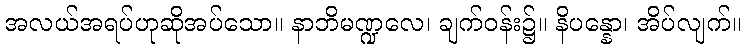
အလယ်အရပ်ဟုဆိုအပ်သော။ နာဘိမဏ္ဍလေ၊ ချက်ဝန်း၌။ နိပန္နော၊ အိပ်လျက်။